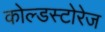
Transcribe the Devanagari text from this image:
कोल्डस्टोरेज